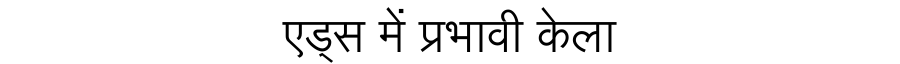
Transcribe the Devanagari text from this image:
एड्स में प्रभावी केला